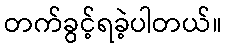
တက်ခွင့်ရခဲ့ပါတယ်။